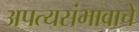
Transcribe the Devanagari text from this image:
अपत्यसंभावाचे